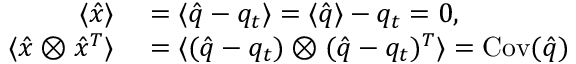
\begin{array} { r l } { \langle \hat { x } \rangle } & { { } = \langle \hat { q } - q _ { t } \rangle = \langle \hat { q } \rangle - q _ { t } = 0 , } \\ { \langle \hat { x } \otimes \hat { x } ^ { T } \rangle } & { { } = \langle ( \hat { q } - q _ { t } ) \otimes ( \hat { q } - q _ { t } ) ^ { T } \rangle = \operatorname { C o v } ( \hat { q } ) } \end{array}